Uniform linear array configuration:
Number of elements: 32
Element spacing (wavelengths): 0.5
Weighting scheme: hamming
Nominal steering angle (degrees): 0
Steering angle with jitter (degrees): -1.264
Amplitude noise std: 0.05
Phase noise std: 0.05

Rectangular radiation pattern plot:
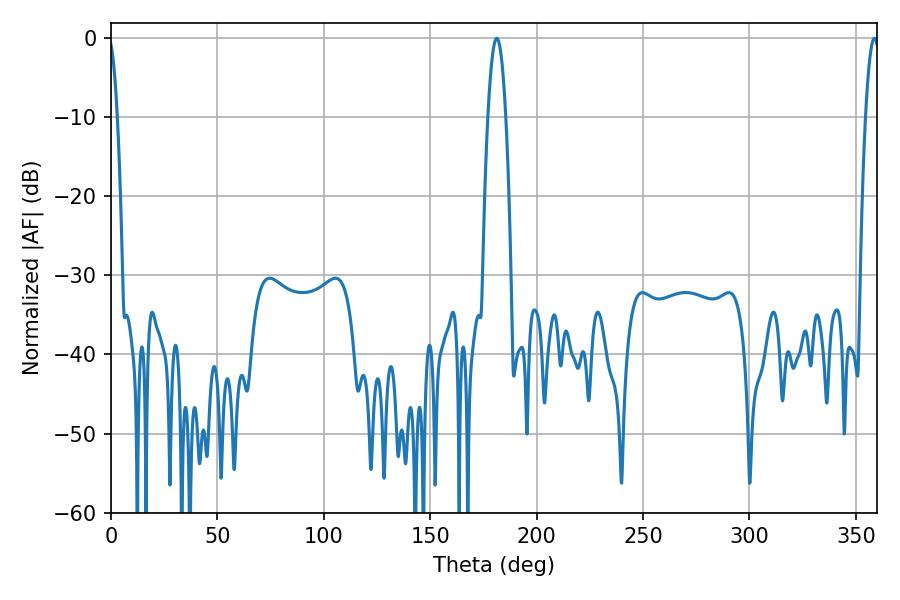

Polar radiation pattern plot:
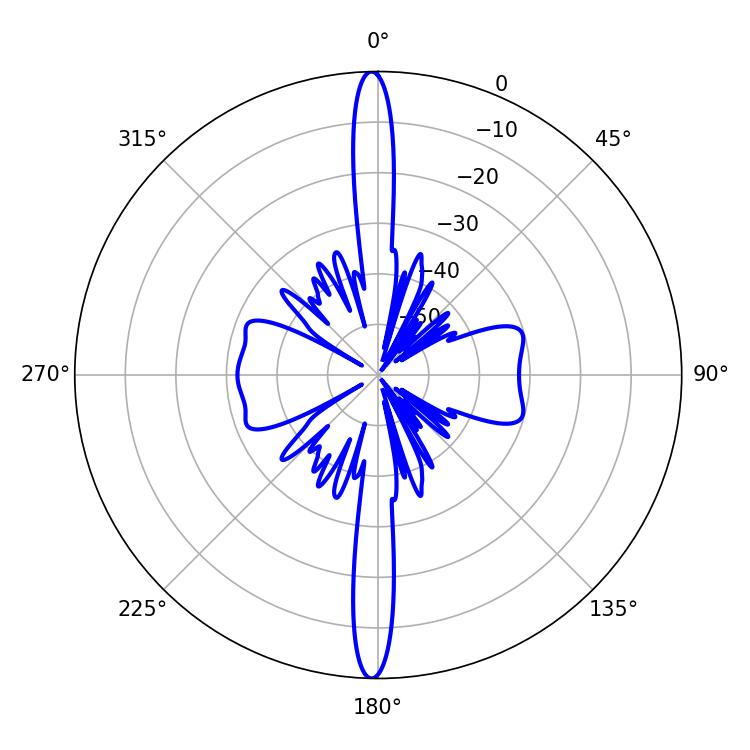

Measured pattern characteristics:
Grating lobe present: FALSE
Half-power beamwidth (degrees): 4.68
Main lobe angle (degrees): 181.26